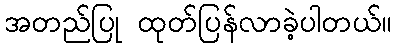
အတည်ပြု ထုတ်ပြန်လာခဲ့ပါတယ်။